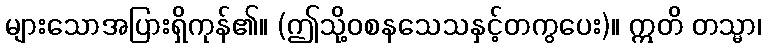
များသောအပြားရှိကုန်၏။ (ဤသို့ဝစနသေသနှင့်တကွပေး)။ ဣတိ တသ္မာ၊